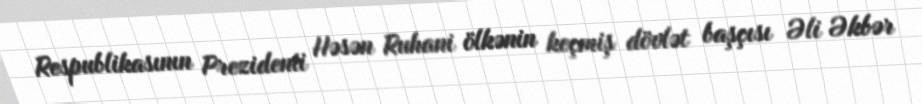
Respublikasının Prezidenti Həsən Ruhani ölkənin keçmiş dövlət başçısı Əli Əkbər